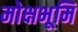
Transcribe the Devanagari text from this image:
मोक्षभूमि